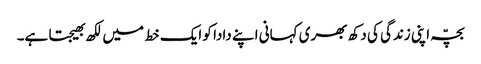
بچّہ اپنی زندگی کی دکھ بھری کہانی اپنے دادا کو ایک خط میں لکھ بھیجتا ہے۔